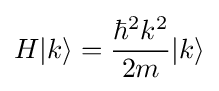
H|k\rangle ={\frac {{\hbar ^{2}}{k^{2}}}{2m}}|k\rangle